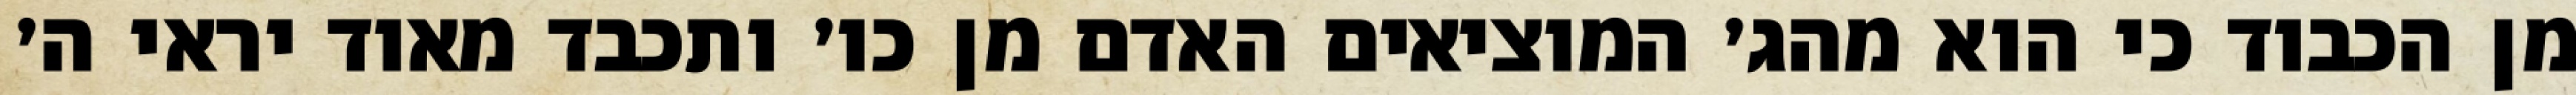
מן הכבוד כי הוא מהג׳ המוציאים האדם מן כו׳ ותכבד מאוד יראי ה׳